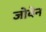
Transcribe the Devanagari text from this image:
जोवेन